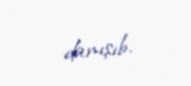
danışıb.